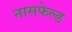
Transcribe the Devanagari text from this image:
नासफेल्ड